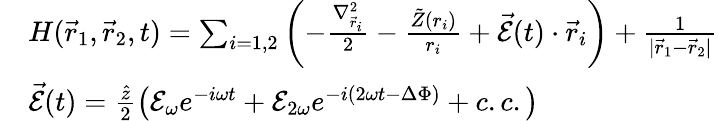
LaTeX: \begin{array}{rl}&{H(\vec{r}_{1},\vec{r}_{2},t)=\sum_{i=1,2}\left(-\frac{\nabla_{\vec{r}_{i}}^{2}}{2}-\frac{\tilde{Z}(r_{i})}{r_{i}}+\vec{\mathcal{E}}(t)\cdot\vec{r}_{i}\right)+\frac{1}{|\vec{r}_{1}-\vec{r}_{2}|}}\\ &{\vec{\mathcal{E}}(t)=\frac{\hat{z}}{2}\left(\mathcal{E}_{\omega}e^{-i\omega t}+\mathcal{E}_{2\omega}e^{-i(2\omega t-\Delta\Phi)}+c.c.\right)}\end{array}